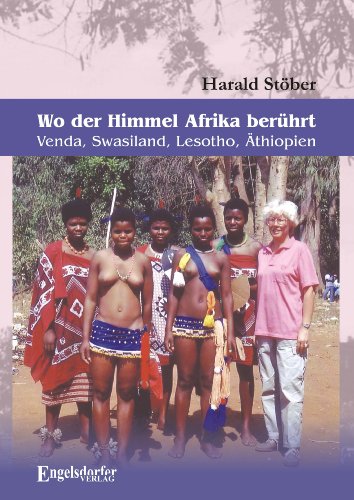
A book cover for Wo der Himmel Afrika berÃ¼hrt - Venda, Swasiland, Lesotho, ÃEthiopien (German Edition); Harald StÃ¶ber; Travel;